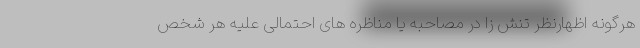
هرگونه اظهارنظر تنش زا در مصاحبه یا مناظره های احتمالی علیه هر شخص